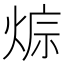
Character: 𤊭